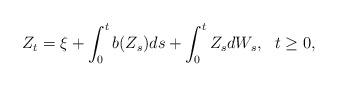
\begin{align*}Z_{t}=\xi +\int_{0}^{t}b(Z_{s})ds+\int_{0}^{t}Z_{s}dW_{s},\ \ t\geq 0,\end{align*}